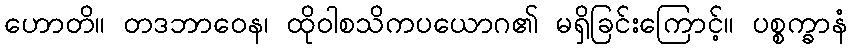
ဟောတိ။ တဒဘာဝေန၊ ထိုဝါစသိကပယောဂ၏ မရှိခြင်းကြောင့်။ ပစ္စက္ခာနံ